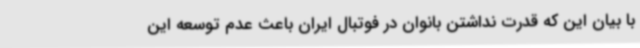
با بیان این که قدرت نداشتن بانوان در فوتبال ایران باعث عدم توسعه این